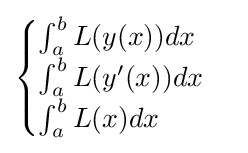
{\begin{cases}\int _{a}^{b}L(y(x))dx\\\int _{a}^{b}L(y'(x))dx\\\int _{a}^{b}L(x)dx\end{cases}}